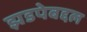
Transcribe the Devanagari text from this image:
झडपेबद्दल